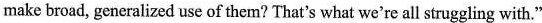
make broad, generalized use of them? That's what we're allstruggling with."